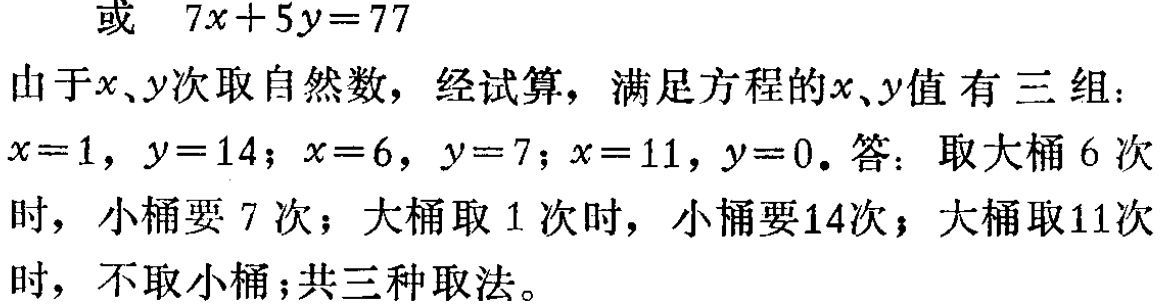
或 \(7x + 5y = 77\)

由于\(x\)、\(y\)次取自然数，经试算，满足方程的\(x\)、\(y\)值 有 三 组：

\(x = 1\)，\(y = 14\)；\(x = 6\)，\(y = 7\)；\(x = 11\)，\(y = 0\)。答：取大桶 \(6\) 次

时，小桶要 \(7\) 次；大桶取 \(1\) 次时，小桶要14次；大桶取11次

时，不取小桶；共三种取法。